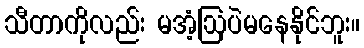
သီတာကိုလည်း မအံ့ဩပဲမနေနိုင်ဘူး။